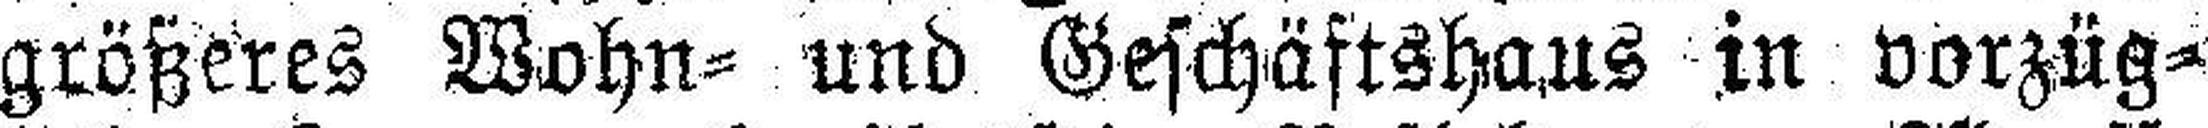
größeres Wohn= und Geschäftshaus in vorzüg¬